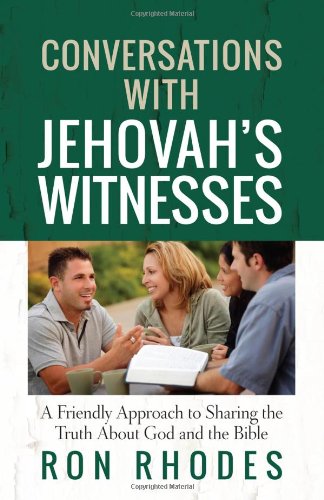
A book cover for Conversations with Jehovah's Witnesses: A Friendly Approach to Sharing the Truth About God and the Bible; Ron Rhodes; Christian Books & Bibles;